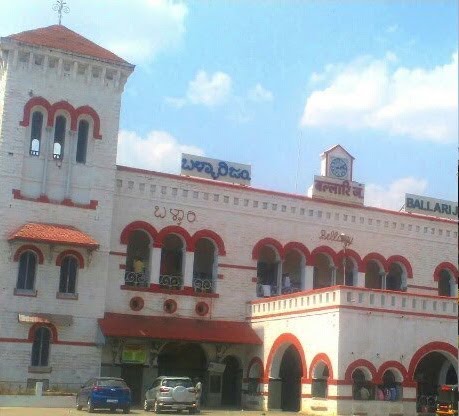
Language: kannada
Transcription: ಬಳ್ಳಾರಿಜo